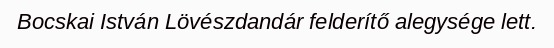
Bocskai István Lövészdandár felderítő alegysége lett.